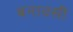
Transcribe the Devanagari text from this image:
बनावसी